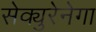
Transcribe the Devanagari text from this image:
सेक्युरेनेगा